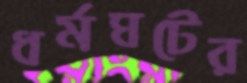
ধর্মঘটের